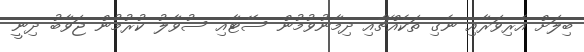
ބިލަށް އެރިވަރާއި ނެގި ތަކެއްޗާއި ދިމާނުވުމުން ސޭޓާއި ސުވާލު ކުރުމުން ޖަވާބު ދިނީ